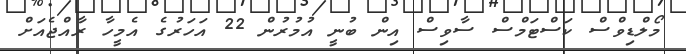
މޯލްޑިވްސް ކަސްޓަމްސް ސާވިސް އިން ބުނީ އުމުރުން 22 އަހަރުގެ އެމީހާ ރާއްޖެއަށް